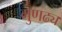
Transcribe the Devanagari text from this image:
गुणढ्य